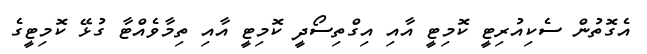
އެގޮތުން ސެކިއުރިޓީ ކޮމިޓީ އާއި އިގްތިސޯދީ ކޮމިޓީ އާއި ތިމާވެއްޓާ ގުޅޭ ކޮމިޓީގެ